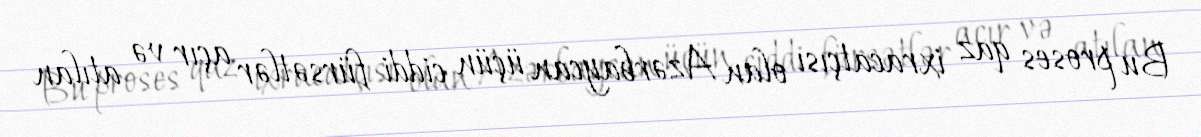
Bu proses qaz ixracatçısı olan Azərbaycan üçün ciddi fürsətlər açır və atılan